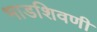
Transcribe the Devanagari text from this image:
भाडशिवणी